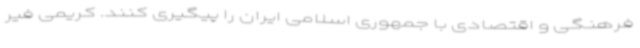
فرهنگی و اقتصادی با جمهوری اسلامی ایران را پیگیری کنند. کریمی فیر